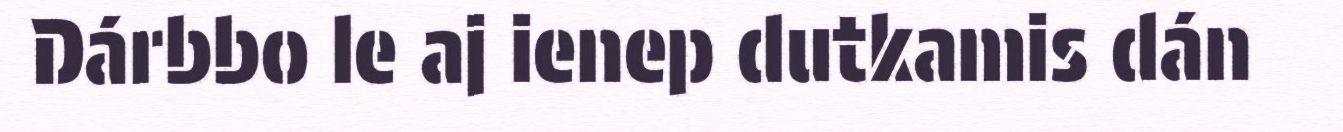
Dárbbo le aj ienep dutkamis dán